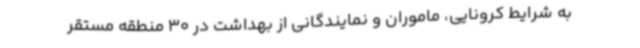
به شرایط کرونایی، ماموران و نمایندگانی از بهداشت در 30 منطقه مستقر